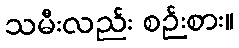
သမီးလည်း စဉ်းစား။